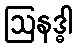
ဩနဒ္ဓါ